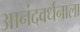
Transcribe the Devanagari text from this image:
आनंदवर्धनाला